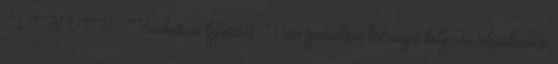
▪LEADER - Közhasznú fejlesztés ▪Nem speciálisan hátrányos helyzetű településekre